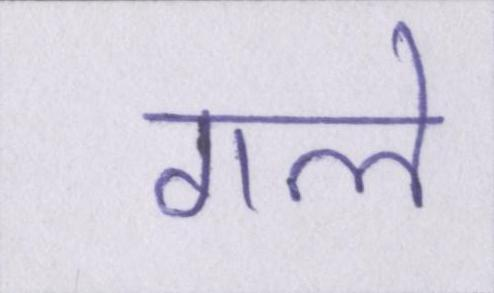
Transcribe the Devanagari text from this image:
गले